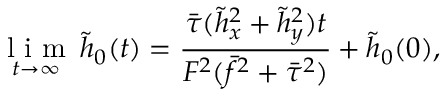
\underset { t \rightarrow \infty } { \mathrm { ~ l ~ i ~ m ~ } } \, \tilde { h } _ { 0 } ( t ) = \frac { \bar { \tau } ( \tilde { h } _ { x } ^ { 2 } + \tilde { h } _ { y } ^ { 2 } ) t } { F ^ { 2 } ( \bar { f } ^ { 2 } + \bar { \tau } ^ { 2 } ) } + \tilde { h } _ { 0 } ( 0 ) ,